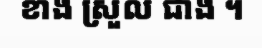
ខាង ស្រួល ជាង ។